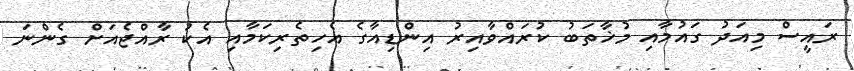
ރައީސް މިއަދު ގައުމާއި މުޚާތަބު ކުރައްވާއިރު އިންޑިއާގެ އެހިތެރިކަމާއި އެކު ރާއްޖެއަށް ގެންނަ